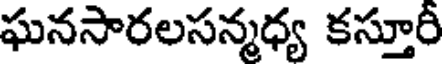
ఘనసారలసన్మధ్య కస్తూరీ